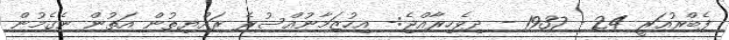
ފެބްރުއަރީ 24 - 1937 - ދިވެހިރާއްޖެ:- އިހުޒަމާނުއްސުރެ ރައްޔިތުން އަތުން ނެގެމުން